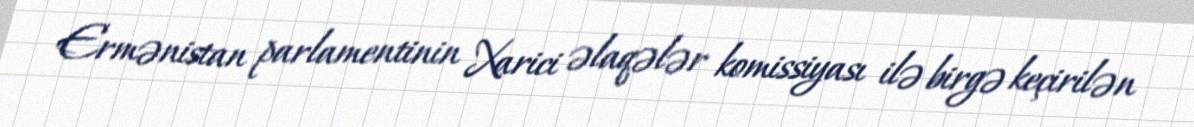
Ermənistan parlamentinin Xarici əlaqələr komissiyası ilə birgə keçirilən